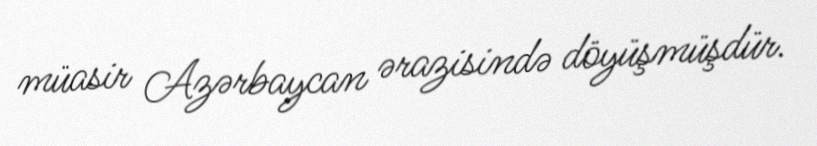
müasir Azərbaycan ərazisində döyüşmüşdür.